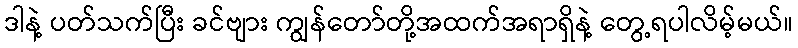
ဒါနဲ့ ပတ်သက်ပြီး ခင်ဗျား ကျွန်တော်တို့အထက်အရာရှိနဲ့ တွေ့ရပါလိမ့်မယ်။